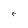
Character: r